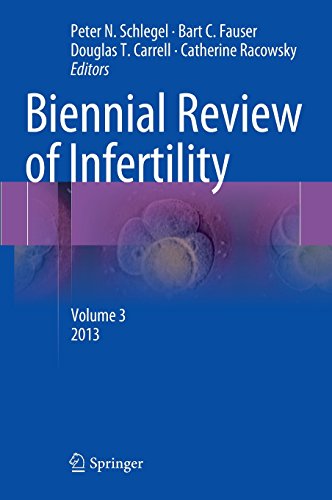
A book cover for Biennial Review of Infertility: Volume 3; Health, Fitness & Dieting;